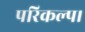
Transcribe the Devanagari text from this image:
परिकल्प।